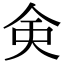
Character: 㑒